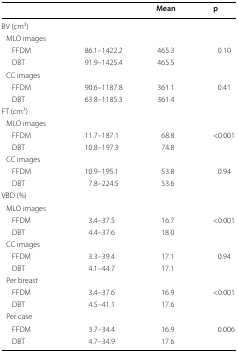
<table><thead><tr><td></td><td></td><td><b>Mean</b></td><td><b>p</b></td></tr></thead><tbody><tr><td>BV (cm<sup>3</sup>)</td><td></td><td></td><td></td></tr><tr><td> MLO images</td><td></td><td></td><td></td></tr><tr><td>FFDM</td><td>86.1–1422.2</td><td>465.3</td><td>0.10</td></tr><tr><td>DBT</td><td>91.9–1425.4</td><td>465.5</td><td></td></tr><tr><td> CC images</td><td></td><td></td><td></td></tr><tr><td>FFDM</td><td>90.6–1187.8</td><td>361.1</td><td>0.41</td></tr><tr><td>DBT</td><td>63.8–1185.3</td><td>361.4</td><td></td></tr><tr><td>FT (cm<sup>3</sup>)</td><td></td><td></td><td></td></tr><tr><td> MLO images</td><td></td><td></td><td></td></tr><tr><td>FFDM</td><td>11.7–187.1</td><td>68.8</td><td>&lt;0.001</td></tr><tr><td>DBT</td><td>10.8–197.3</td><td>74.8</td><td></td></tr><tr><td> CC images</td><td></td><td></td><td></td></tr><tr><td>FFDM</td><td>10.9–195.1</td><td>53.8</td><td>0.94</td></tr><tr><td>DBT</td><td>7.8–224.5</td><td>53.6</td><td></td></tr><tr><td>VBD (%)</td><td></td><td></td><td></td></tr><tr><td> MLO images</td><td></td><td></td><td></td></tr><tr><td>FFDM</td><td>3.4–37.5</td><td>16.7</td><td>&lt;0.001</td></tr><tr><td>DBT</td><td>4.4–37.6</td><td>18.0</td><td></td></tr><tr><td> CC images</td><td></td><td></td><td></td></tr><tr><td>FFDM</td><td>3.3–39.4</td><td>17.1</td><td>0.94</td></tr><tr><td>DBT</td><td>4.1–44.7</td><td>17.1</td><td></td></tr><tr><td> Per breast</td><td></td><td></td><td></td></tr><tr><td>FFDM</td><td>3.4–37.6</td><td>16.9</td><td>&lt;0.001</td></tr><tr><td>DBT</td><td>4.5–41.1</td><td>17.6</td><td></td></tr><tr><td> Per case</td><td></td><td></td><td></td></tr><tr><td>FFDM</td><td>3.7–34.4</td><td>16.9</td><td>0.006</td></tr><tr><td>DBT</td><td>4.7–34.9</td><td>17.6</td><td></td></tr></tbody></table>